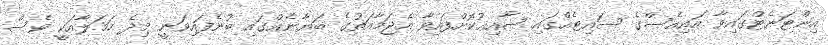
އިންޓަނެޓްގައިވާ އައިއެސްގެ ސައިޓެއްގައި ޝާއިޢުކޮށްފައިވާ އެޖަމާއަތުގެ ބަޔާނެއްގައި ބުނެފައިވަނީ މިދެ ހަމަލާއަކީ ވެސް